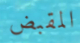
المقبض